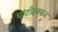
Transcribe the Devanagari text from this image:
घांटीढक्कन